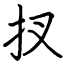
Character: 扠